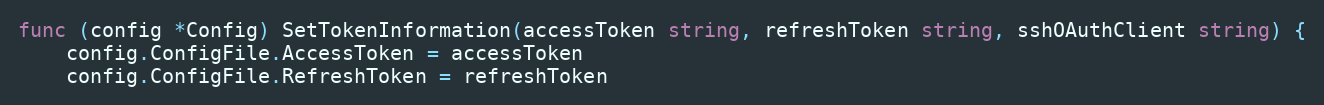
Language: Go
func (config *Config) SetTokenInformation(accessToken string, refreshToken string, sshOAuthClient string) {
	config.ConfigFile.AccessToken = accessToken
	config.ConfigFile.RefreshToken = refreshToken